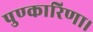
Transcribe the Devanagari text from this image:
पुण्कारिणा।